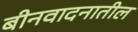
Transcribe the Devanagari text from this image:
बीनवादनातील